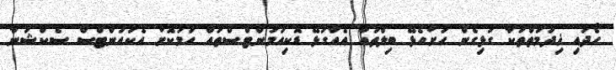
ހޯދައި ޚިދުމަތްތަކާ ގުޅިގެން ހުށަހެޅޭ ބިލްތައް އެއާގުޅޭ ޑޮކިއުމަންޓްސްތައް ހަމަކޮށް އެކައުންޓްސް ސެކްޝަނާ